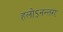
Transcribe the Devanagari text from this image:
हलोऽनन्तराः